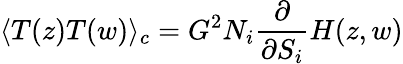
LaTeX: \langle T(z)T(w)\rangle_{c}=G^{2}N_{i}\frac{\partial}{\partial S_{i}}H(z,w)